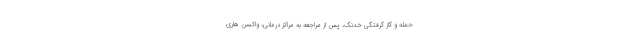
حمله و گاز گرفتگی خدنگ، پس از مراجعه به مراکز درمانی، واکسن هاری